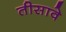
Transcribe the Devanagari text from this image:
तीसावे